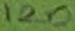
Text: 120